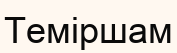
Теміршам